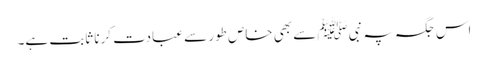
اس جگہ پہ نبیﷺ سے بھی خاص طور سے عبادت کرنا ثابت ہے۔